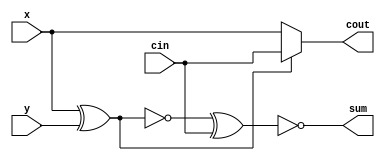
module Full_Adder(
    input x,
    input y,
    input cin,
    output sum,
    output cout
    );
    
wire AxorB;    
assign notAxorB = !(x^y);
assign sum = !(notAxorB ^ cin);
assign cout = notAxorB ? x:cin;

endmodule